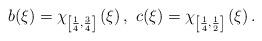
LaTeX: \begin{align*}b(\xi )=\chi _{\left[\frac{1}{4},\frac{3}{4}\right] }\left( \xi \right) ,\ c(\xi )=\chi_{\left[\frac{1}{4},\frac{1}{2}\right] }\left( \xi \right).\end{align*}